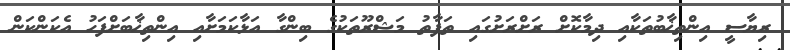
ރިޔާސީ އިންތިޚާބުތަކާއި ދިމާކޮށް ރަށްރަށުގައި ތަފާތު މަޝްރޫތަކުގެ ބިންގާ އަޅާކަމަށާއި އިންތިޚާބަށްފަހު އެކަންކަން